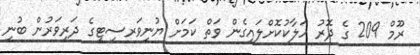
ރޫމް 209 ގެ ދޮރު ހަލާކުކޮށްލައިގެން ވަތް ކަމަށް ޔުނިވަރސިޓީގެ ދަރިވަރުން ބުނި